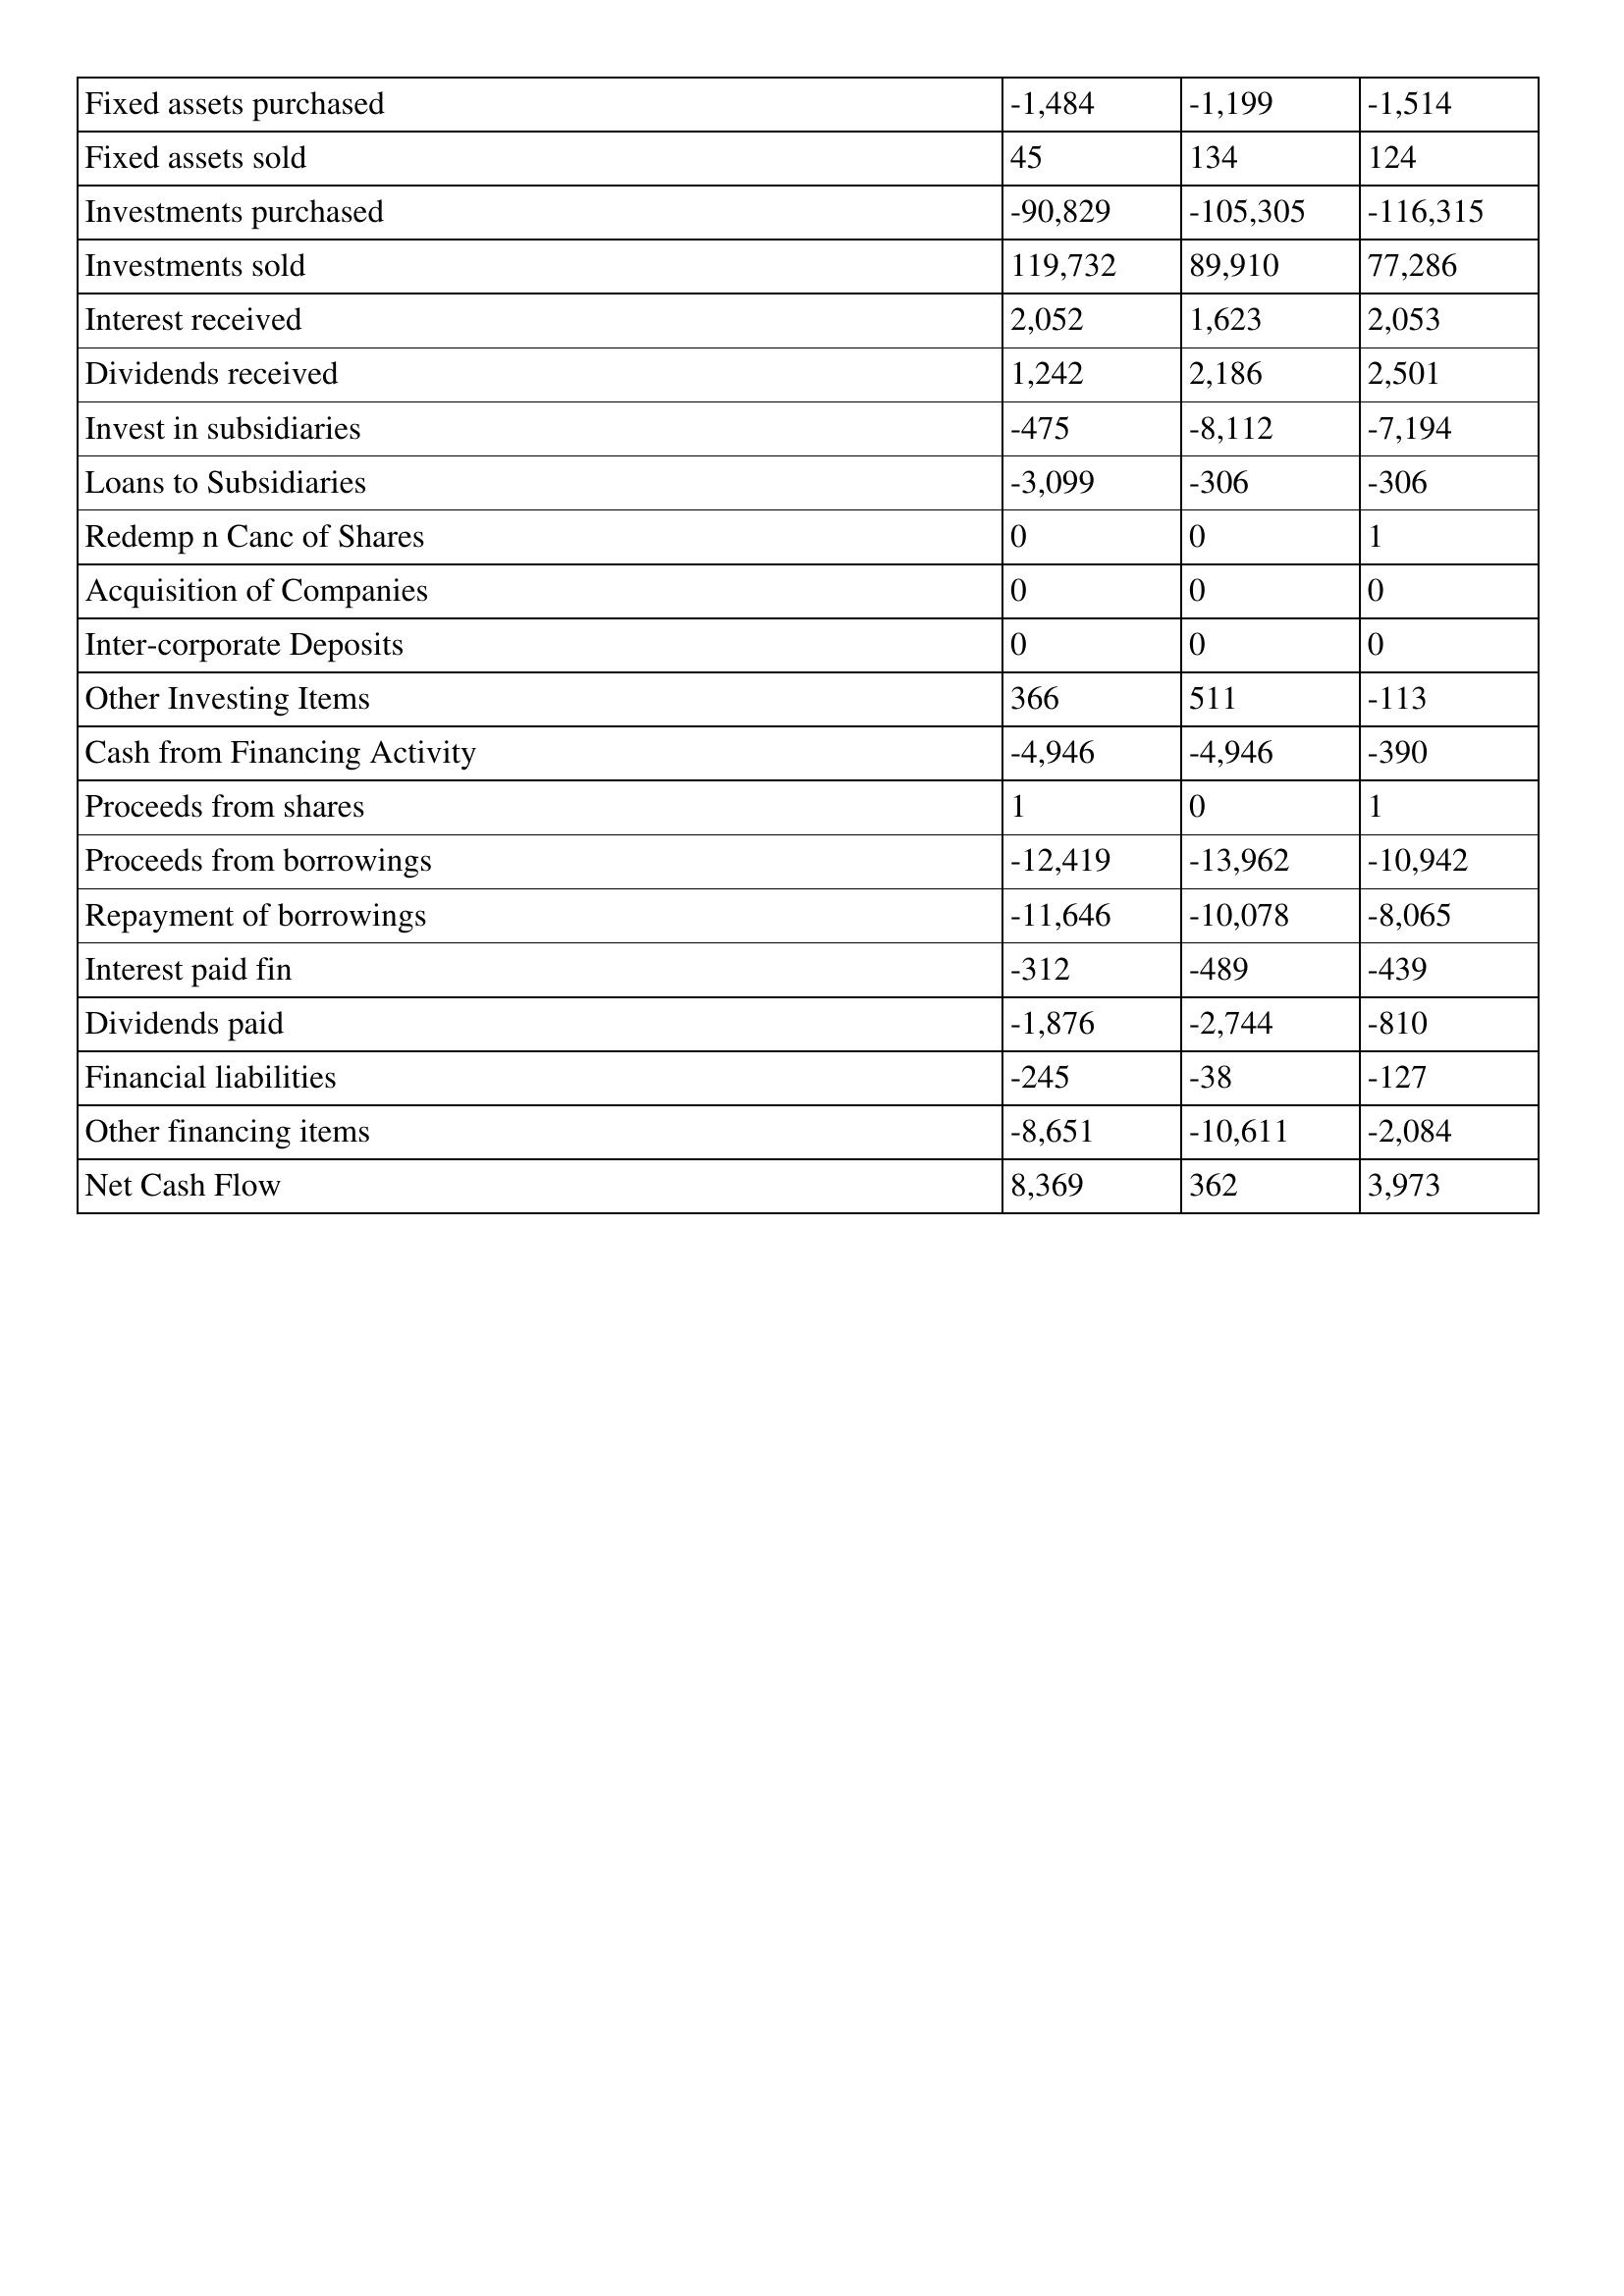
gt_parse: 2001: Cash Flows: Fixed assets purchased: -1,484
Fixed assets sold: 45
Investments purchased: -90,829
Investments sold: 119,732
Interest received: 2,052
Dividends received: 1,242
Invest in subsidiaries: -475
Loans to Subsidiaries: -3,099
Redemp n Canc of Shares: 0
Acquisition of Companies: 0
Inter-corporate Deposits: 0
Other Investing Items: 366
Cash from Financing Activity: -4,946
Proceeds from shares: 1
Proceeds from borrowings: -12,419
Repayment of borrowings: -11,646
Interest paid fin: -312
Dividends paid: -1,876
Financial liabilities: -245
Other financing items: -8,651
Net Cash Flow: 8,369
2000: Cash Flows: Fixed assets purchased: -1,199
Fixed assets sold: 134
Investments purchased: -105,305
Investments sold: 89,910
Interest received: 1,623
Dividends received: 2,186
Invest in subsidiaries: -8,112
Loans to Subsidiaries: -306
Redemp n Canc of Shares: 0
Acquisition of Companies: 0
Inter-corporate Deposits: 0
Other Investing Items: 511
Cash from Financing Activity: -4,946
Proceeds from shares: 0
Proceeds from borrowings: -13,962
Repayment of borrowings: -10,078
Interest paid fin: -489
Dividends paid: -2,744
Financial liabilities: -38
Other financing items: -10,611
Net Cash Flow: 362
1999: Cash Flows: Fixed assets purchased: -1,514
Fixed assets sold: 124
Investments purchased: -116,315
Investments sold: 77,286
Interest received: 2,053
Dividends received: 2,501
Invest in subsidiaries: -7,194
Loans to Subsidiaries: -306
Redemp n Canc of Shares: 1
Acquisition of Companies: 0
Inter-corporate Deposits: 0
Other Investing Items: -113
Cash from Financing Activity: -390
Proceeds from shares: 1
Proceeds from borrowings: -10,942
Repayment of borrowings: -8,065
Interest paid fin: -439
Dividends paid: -810
Financial liabilities: -127
Other financing items: -2,084
Net Cash Flow: 3,973